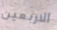
الاربعين